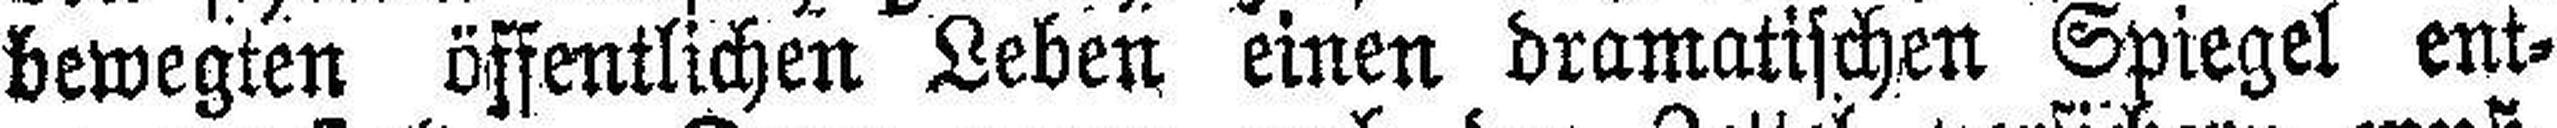
bewegten öffentlichen Leben einen dramatischen Spiegel ent¬